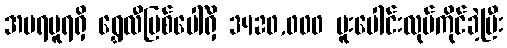
အမရပူရရှိ ရွှေလီမြစ်ပေါ်ရှိ 3420,000 ပူးပေါင်းလုပ်ကိုင်ခဲ့ပြီး